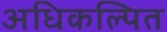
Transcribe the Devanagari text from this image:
अधिकल्पित